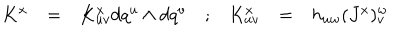
LaTeX: \begin{array} { c c c c c c c } { { K ^ { x } } } & { { = } } & { { K _ { u v } ^ { x } d q ^ { u } \wedge d q ^ { v } } } & { { ; } } & { { K _ { u v } ^ { x } } } & { { = } } & { { h _ { u w } ( J ^ { x } ) _ { v } ^ { w } } } \\ \end{array}